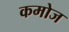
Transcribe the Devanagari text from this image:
कमोज